Report on malaria in the Punjab during the year ...  together with an account of the work of the Punjab Malaria Bureau - Volume 3
Disease focus: Malaria
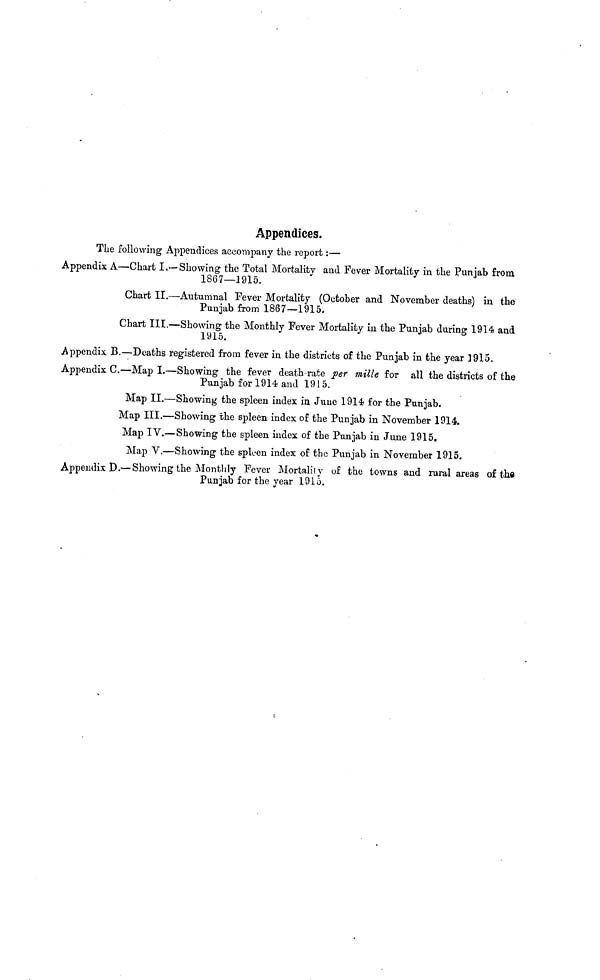
Appendices.
The following Appendices accompany the report :—
Appendix A—Chart I.—Showing the Total Mortality and Fever Mortality in the Punjab from
1867—1915.
Chart II.—Autumnal Fever Mortality (October and November deaths) in the
Punjab from 1867—1915.
Chart III.—Showing the Monthly Fever Mortality in the Punjab during 1914 and
1915.
Appendix B.—Deaths registered from fever in the districts of the Punjab in the year 1915.
Appendix C.—Map I.—Showing the fever death rate per mille for all the districts of the
Punjab for 1914 and 191 5.
Map II.—Showing the spleen index in June 1914 for the Punjab.
Map III.—Showing the spleen index of the Punjab in November 1914.
Map IV.—Showing the spleen index of the Punjab in June 1915.
Map V.—Showing the spleen index of the Punjab in November 1915.
Appendix D.— Showing the Monthly Fever Mortalily of the towns and rural areas of the
Panjab for the year 1915.